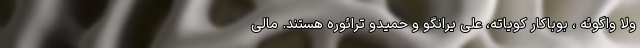
ولا واگوئه ، بوباکار کویاته، علی یرانگو و حمیدو ترائوره هستند. مالی